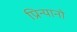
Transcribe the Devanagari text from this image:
प्रिन्यानो